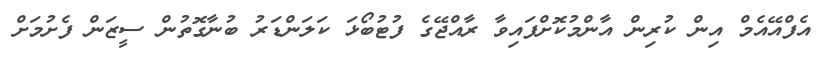
އެފްއޭއެމް އިން ކުރިން އާންމުކޮށްފައިވާ ރާއްޖޭގެ ފުޓުބޯޅަ ކަލަންޑަރު ބުނާގޮތުން ސީޒަން ފެށުމަށް